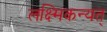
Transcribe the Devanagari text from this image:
लक्ष्मिकन्यत्